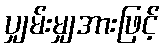
ပျှမ်းမျှအားဖြင့်